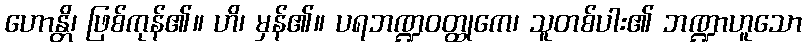
ဟောန္တိ၊ ဖြစ်ကုန်၏။ ဟိ၊ မှန်၏။ ပရဘဏ္ဍဝတ္ထုကေ၊ သူတစ်ပါး၏ ဘဏ္ဍာဟူသော